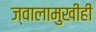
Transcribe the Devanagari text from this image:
ज्वालामुखीही